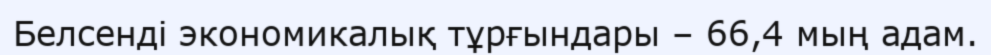
Белсенді экономикалық тұрғындары – 66,4 мың адам.